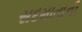
સદમાતાની